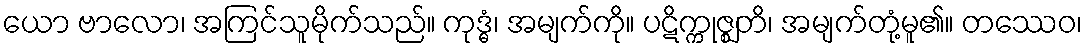
ယော ဗာလော၊ အကြင်သူမိုက်သည်။ ကုဒ္ဓံ၊ အမျက်ကို။ ပဋိက္ကုဇ္ဈတိ၊ အမျက်တုံ့မူ၏။ တဿေဝ၊